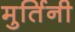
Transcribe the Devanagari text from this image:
मुर्तिनी